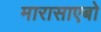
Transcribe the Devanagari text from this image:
मारासाएबो